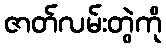
ဇာတ်လမ်းတွဲကို